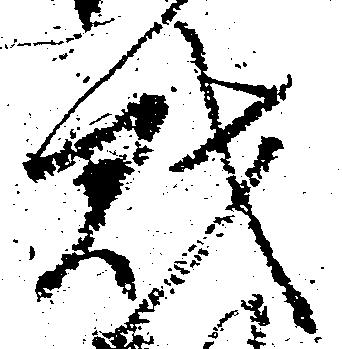
財